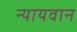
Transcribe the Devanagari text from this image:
न्यायवान